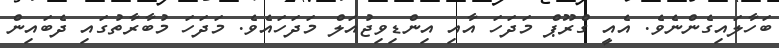
ބަހާލައިގެންނެވެ. އެއީ ގްރޫޕް މަދަހަ އާއި އިންޑިވިޖުއަލް މަދަހައެވެ. މަދަހަ މުބާރާތުގައި ދެބައިން